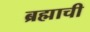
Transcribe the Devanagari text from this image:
ब्रह्माची